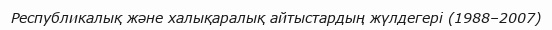
Республикалық және халықаралық айтыстардың жүлдегері (1988–2007)